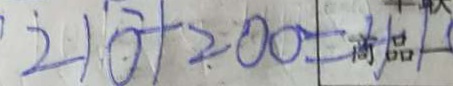
2 1 0 + 2 0 0 = 4 1